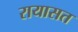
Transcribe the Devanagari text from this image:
रायासत